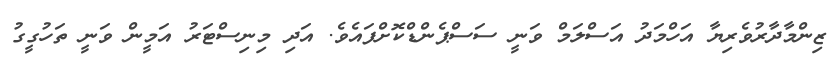
ޒިންމާދާރުވެރިޔާ އަހްމަދު އަސްލަމް ވަނީ ސަސްޕެންޑްކޮށްފައެވެ. އަދި މިނިސްޓަރު އަމީން ވަނީ ތަހުގީގު